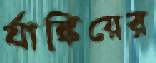
র‍্যাঙ্কিয়ের